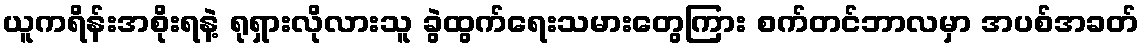
ယူကရိန်းအစိုးရနဲ့ ရုရှားလိုလားသူ ခွဲထွက်ရေးသမားတွေကြား စက်တင်ဘာလမှာ အပစ်အခတ်